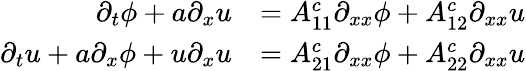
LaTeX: \begin{array}{rl}{\partial_{t}\phi+a\partial_{x}u}&{=A_{11}^{c}\partial_{xx}\phi+A_{12}^{c}\partial_{xx}u}\\ {\partial_{t}u+a\partial_{x}\phi+u\partial_{x}u}&{=A_{21}^{c}\partial_{xx}\phi+A_{22}^{c}\partial_{xx}u}\end{array}